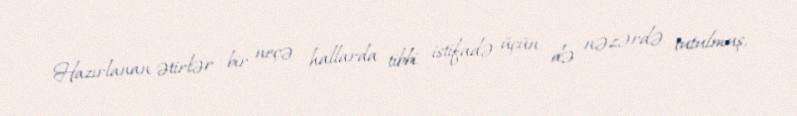
Hazırlanan ətirlər bir neçə hallarda tibbi istifadə üçün də nəzərdə tutulmuş,